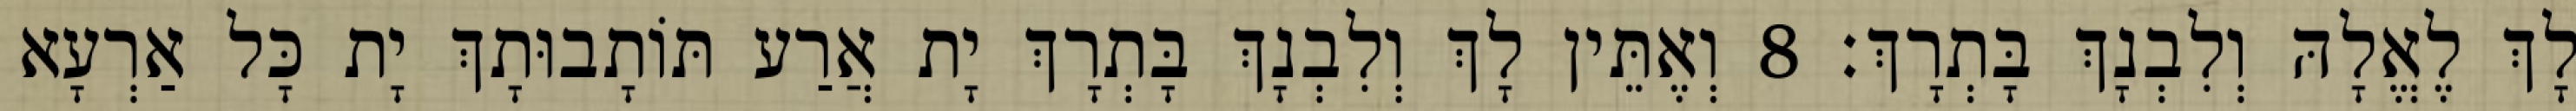
לָךְ לֶאֱלָהּ וְלִבְנָךְ בָּתְרָךְ׃ 8 וְאֶתֵּין לָךְ וְלִבְנָךְ בָּתְרָךְ יָת אֲרַע תּוֹתָבוּתָךְ יָת כָּל אַרְעָא